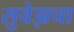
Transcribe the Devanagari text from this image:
सुवेझचा